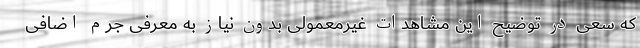
که سعی در توضیح این مشاهدات غیرمعمولی بدون نیاز به معرفی جرم اضافی